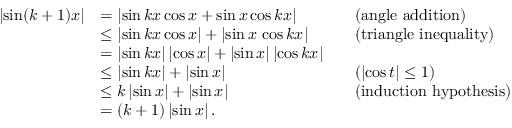
{ \begin{array} { r l r l } { \left| \sin ( k + 1 ) x \right| } & { = \left| \sin k x \cos x + \sin x \cos k x \right| } & & { { \mathrm { ( a n g l e ~ a d d i t i o n ) } } } \\ & { \leq \left| \sin k x \cos x \right| + \left| \sin x \, \cos k x \right| } & & { { \mathrm { ( t r i a n g l e ~ i n e q u a l i t y ) } } } \\ & { = \left| \sin k x \right| \left| \cos x \right| + \left| \sin x \right| \left| \cos k x \right| } \\ & { \leq \left| \sin k x \right| + \left| \sin x \right| } & & { ( \left| \cos t \right| \leq 1 ) } \\ & { \leq k \left| \sin x \right| + \left| \sin x \right| } & & { { \mathrm { ( i n d u c t i o n ~ h y p o t h e s i s } } ) } \\ & { = ( k + 1 ) \left| \sin x \right| . } \end{array} }